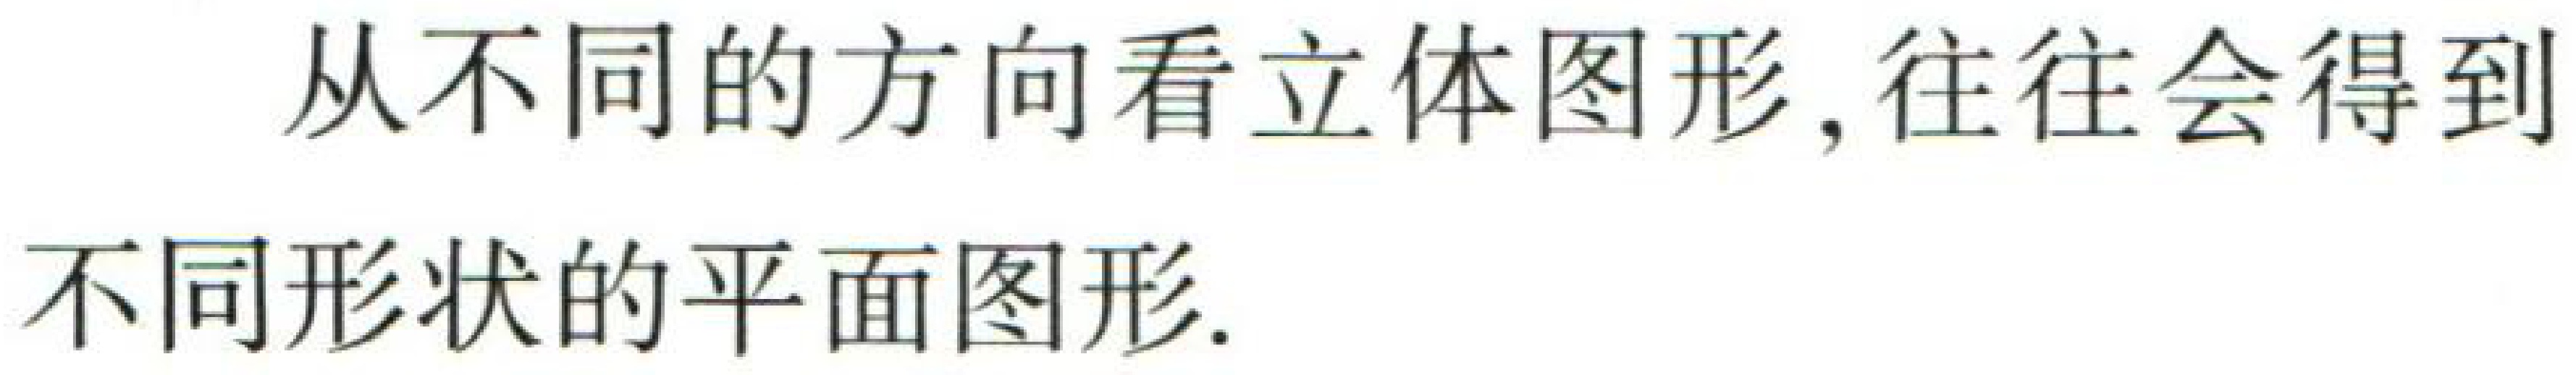
从不同的方向看立体图形, 往往会得到不同形状的平面图形.